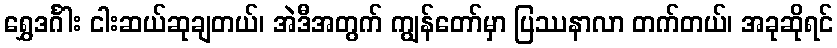
ရွှေဒင်္ဂါး ငါးဆယ်ဆုချတယ်၊ အဲဒီအတွက် ကျွန်တော်မှာ ပြဿနာလာ တက်တယ်၊ အခုဆိုရင်